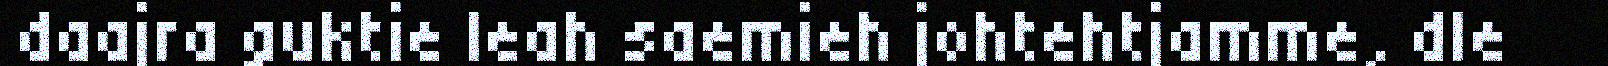
daajra guktie leah saemieh johtehtjamme, dle